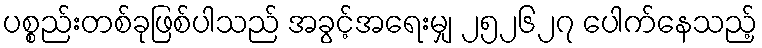
ပစ္စည်းတစ်ခုဖြစ်ပါသည် အခွင့်အရေးမျှ ၂၅၂၆၂၇ ပေါက်နေသည့်